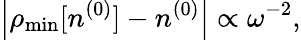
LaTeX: \left\vert\rho_{\mathrm{min}}[n^{(0)}]-n^{(0)}\right\vert\propto\omega^{-2},